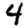
Digit: 4